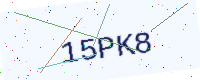
Text: 15PK8